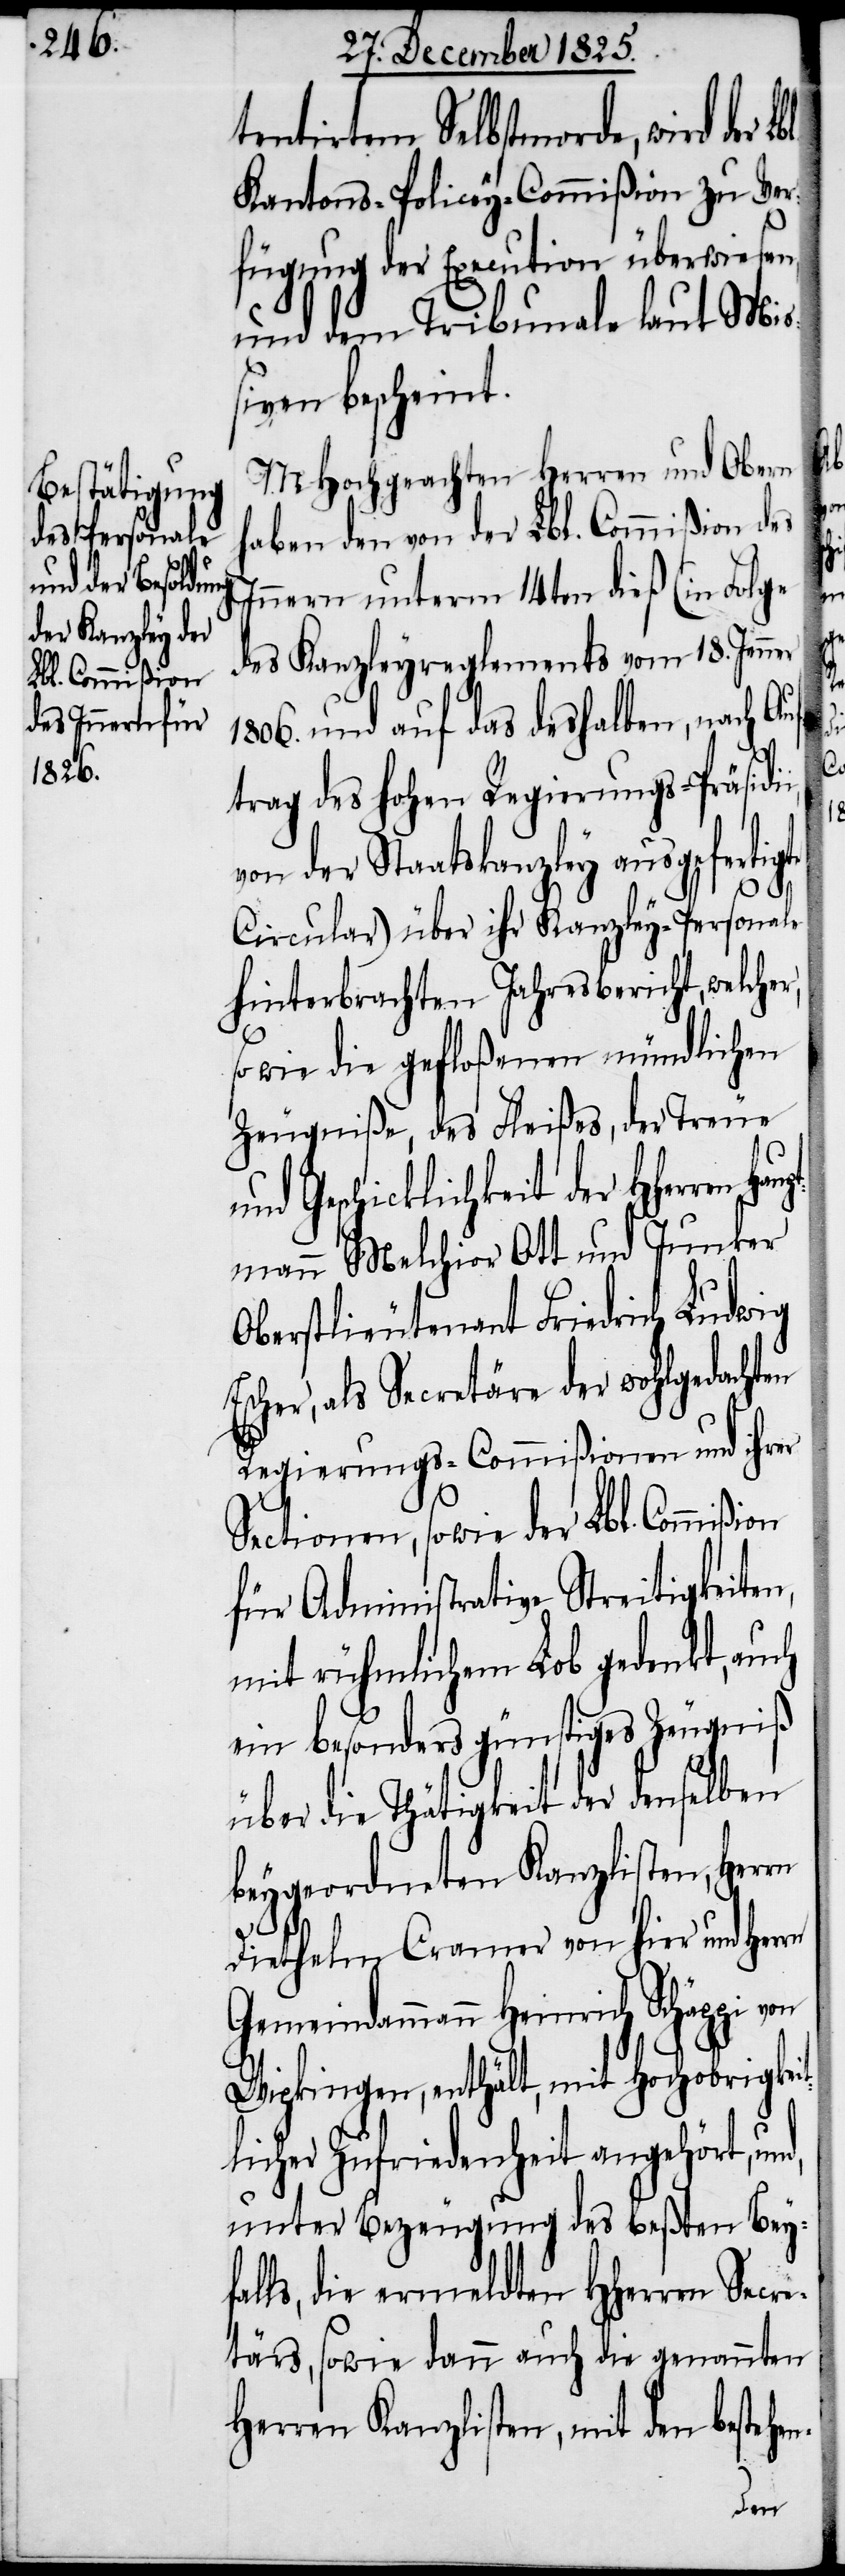
Lbl. Commißion

tentirtem Selbstmorde, wird der
Kantons-Policey-Commißion zu Ver¬
fügung der Execution überwies¬
und dem Tribunale laut Mi¬
ßiven bescheint.
MHochgeachten Herren und Obern
haben den von der Lbl. Commißion des
t¬
en-
Innern unterm 14ten dieß (in Folge
des Kanzleyreglement vom 18. Jen¬
1806. und auf das deshalben, nach Auf¬
trag des hohen Regierungs-Präsidi¬
von der Staatskanzley ausgefertigte
Circular) über ihr Kanzley-Personale
hinterbrachten Jahresbericht, welcher,
sowie die gefloßenen mündlichen
Zeugniße, des Fleißes, der Treue
und Geschicklichkeit der HHer¬
tmann Melchior Ott und Junker
Oberstlieutenant Friedrich Ludwig
Escher, als Secretäre der wohlgedachten
Regierungs-Commißionen und ihrer
für Administrative Streitigkeiten,
mit rühmlichem Lob gedenkt, auch
ein besonders günstiges Zeugniß
über die Thätigkeit der denselben
beygeordneten Kanzlisten, Her¬
Diethelm Cramer von hier und Herrn
Gemeindammann Heinrich Schäppi
Wipkingen, enthält, mit Hochobrigkei¬
licher Zufriedenheit angehört,
unter Bezeugung des beßten Bey¬
ls, die ermeldten HHerren Secre¬
tärs, sowie dann auch die genannten
Herren Kanzlisten, mit den besteh¬
der